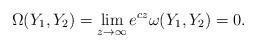
LaTeX: \begin{align*}\Omega(Y_1,Y_2)=\lim\limits_{z\rightarrow\infty}e^{cz}\omega(Y_1,Y_2)=0.\end{align*}